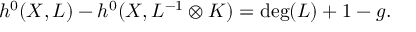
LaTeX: h ^ { 0 } ( X , L ) - h ^ { 0 } ( X , L ^ { - 1 } \otimes K ) = \deg ( L ) + 1 - g .